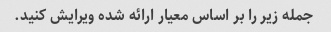
جمله زیر را بر اساس معیار ارائه شده ویرایش کنید.